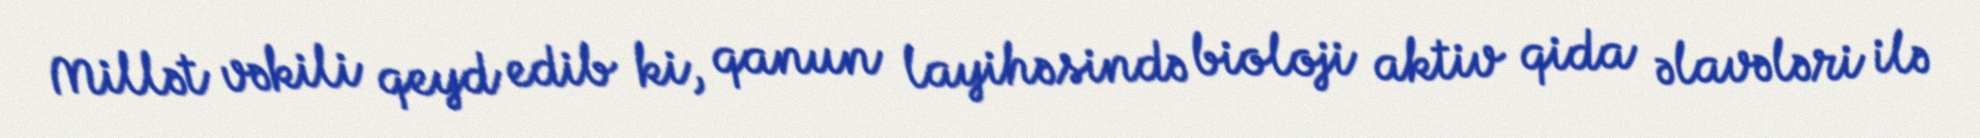
Millət vəkili qeyd edib ki, qanun layihəsində bioloji aktiv qida əlavələri ilə